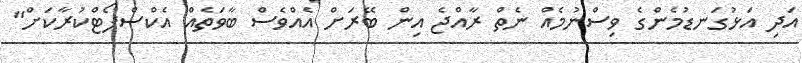
އަދި އަޅުގަނޑުމެންގެ ވިސްނުމެއް ނެތް ރާއްޖެ އިން ބޭރަށް އެއްވެސް ބާވަތެއް އެކްސްޕޯޓްކުރާކަށް"